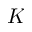
K